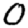
Digit: 0